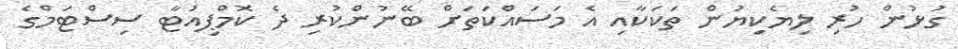
ގުޅުން ހުރި ލިޔެކިޔުން ތަކަކާއި އެ މަސައްކަތަށް ބޭނުންކުރި ދެ ކޮމްޕިއުޓާ ސިސްޓަމްގެ